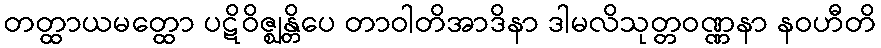
တတ္ထာယမတ္ထော ပဋိဝိဇ္ဈန္တိပေ တာဝါတိအာဒိနာ ဒါမလိသုတ္တဝဏ္ဏနာ နဝဟီတိ